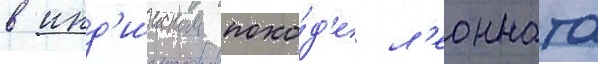
в инд'ииском похо́д'е л'еонната